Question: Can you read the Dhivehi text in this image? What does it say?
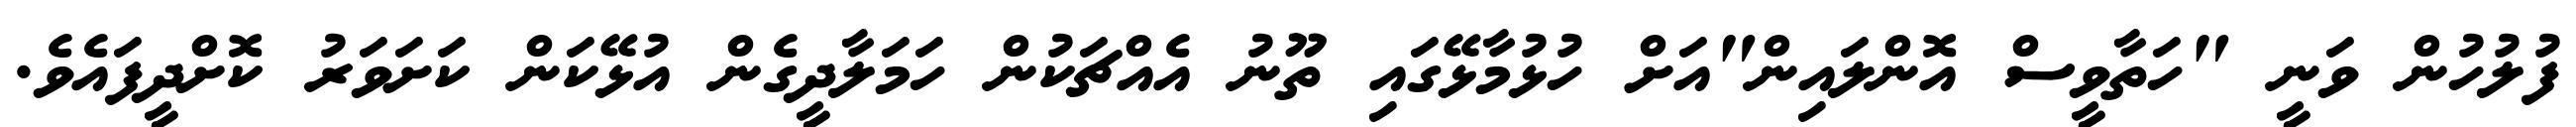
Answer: ފުލުހުން ވަނީ "ހަތާވީސް އޮންލައިން"އަށް ހުޅުމާޅޭގައި ތޫނު އެއްޗަކުން ހަމަލާދީގެން އުޅޭކަން ކަށަވަރު ކޮށްދީފައެވެ.